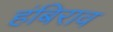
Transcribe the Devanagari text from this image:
हंबिराव